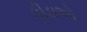
કીડાઓ